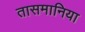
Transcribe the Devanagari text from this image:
तासमानिया